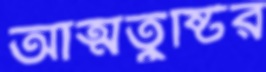
আত্মতুষ্টির